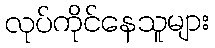
လုပ်ကိုင်နေသူများ